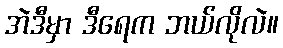
အဲဒီမှာ ဒီရေက ဘယ်လိုလဲ။